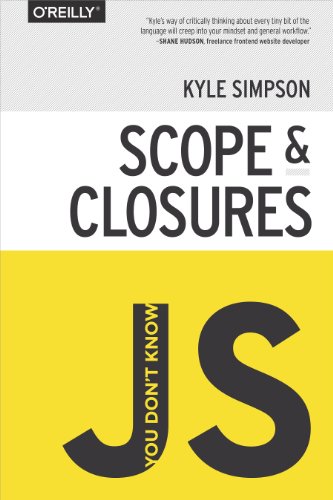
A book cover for You Don't Know JS: Scope & Closures; Kyle Simpson; Computers & Technology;